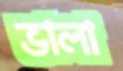
ভালা